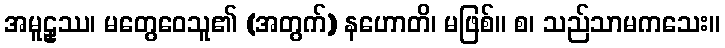
အမူဠှဿ၊ မတွေဝေသူ၏ (အတွက်) နဟောတိ၊ မဖြစ်။ စ၊ သည်သာမကသေး။